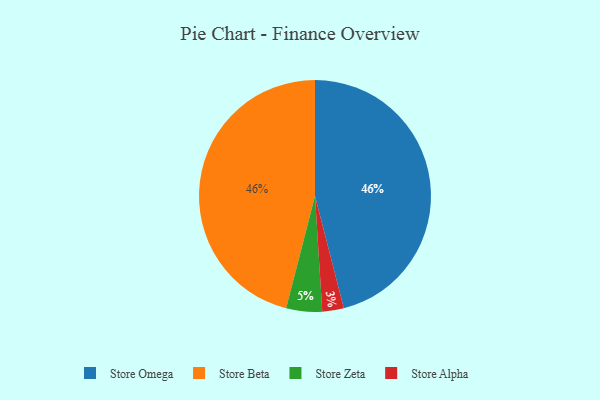
{"axis": {"x": "Category", "y": "Percentage"}, "legend": ["Store Alpha", "Store Beta", "Store Omega", "Store Zeta"], "data": [{"x": "Store Zeta", "y": 5, "type": "Store Zeta"}, {"x": "Store Omega", "y": 46, "type": "Store Omega"}, {"x": "Store Alpha", "y": 3, "type": "Store Alpha"}, {"x": "Store Beta", "y": 46, "type": "Store Beta"}]}